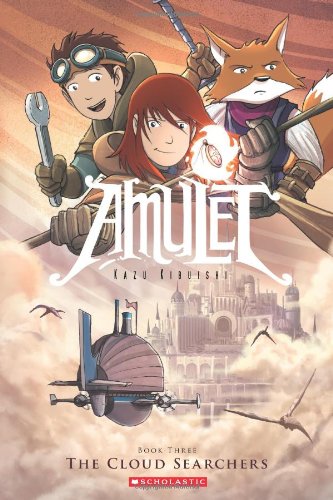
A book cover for The Cloud Searchers (Amulet #3); Kazu Kibuishi; Children's Books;